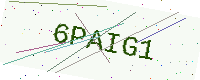
Text: 6PAIG1